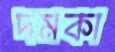
দমকা